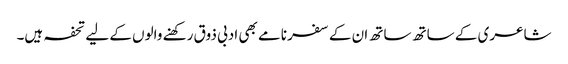
شاعری کے ساتھ ساتھ ان کے سفر نامے بھی ادبی ذوق رکھنے والوں کے لیے تحفہ ہیں۔